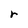
Character: r